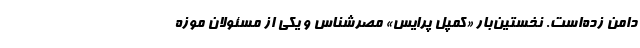
دامن زده‌است. نخستین‌بار «کمپل پرایس» مصرشناس و یکی از مسئولان موزه